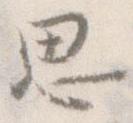
思